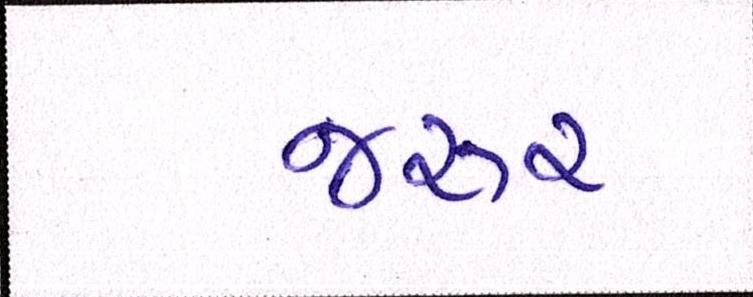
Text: જરૃર